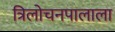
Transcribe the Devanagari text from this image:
त्रिलोचनपालाला